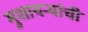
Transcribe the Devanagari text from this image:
मुशायर्‍यांची